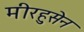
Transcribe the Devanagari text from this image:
मीरहुसेन